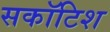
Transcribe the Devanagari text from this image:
सकॉटिश